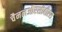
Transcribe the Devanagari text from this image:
चैनलऔरसीबीएस